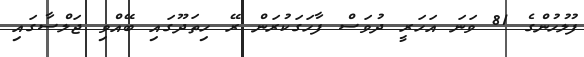
ފުލުހުންގެ 81 ވަނަ އަހަރީ ދުވަސް ފާހަގަކުރަން ރޭ ހިތަދޫގައި ބޭއްވި ޖަލްސާގައި